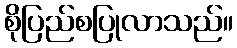
စိုပြည်စပြုလာသည်။